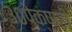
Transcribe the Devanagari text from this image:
३०पेक्षाही